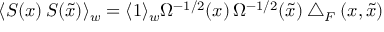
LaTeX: \langle S ( x ) \, S ( \tilde { x } ) \rangle _ { w } = \langle 1 \rangle _ { w } \Omega ^ { - 1 / 2 } ( x ) \, \Omega ^ { - 1 / 2 } ( \tilde { x } ) \bigtriangleup _ { F } ( x , \tilde { x } )